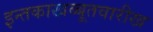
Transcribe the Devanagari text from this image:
इन्तकाखब्बूतवारीख